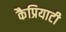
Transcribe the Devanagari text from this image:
कैप्रियाटी